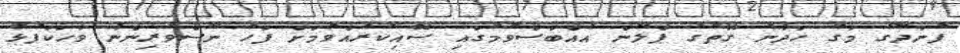
ފުނަދޫގެ މަގު ހަދާނެ ގޮތުގެ ޕްލޭން އެއްބަސްވުމުގައި ސޮއިކުރެއްވުމަށް ފަހު ނޫސްވެރިންނާ ވާހަކަފުޅު